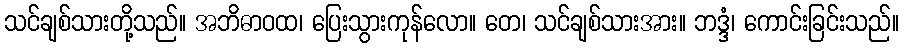
သင်ချစ်သားတို့သည်။ အဘိဓာဝထ၊ ပြေးသွားကုန်လော။ တေ၊ သင်ချစ်သားအား။ ဘဒ္ဒံ၊ ကောင်းခြင်းသည်။